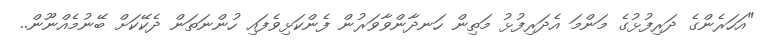
"އަހަރެންގެ ދަރިފުޅުގެ މަންމަ އެދަރިފުޅު މަތިން ހަނދާންވާވަރުން ފެންކަޅިވެފައި ހުންނަތަން ދެކޭކަށް ބޭނުމެއްނޫން..